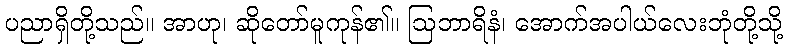
ပညာရှိတို့သည်။ အာဟု၊ ဆိုတော်မူကုန်၏။ ဩဘာရိနံ၊ အောက်အပါယ်လေးဘုံတို့သို့